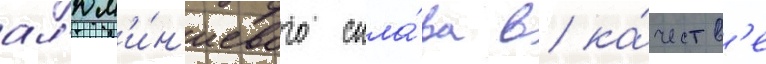
ал'юм'и́н'иевого спла́ва в ка́честв'е